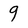
Character: 9